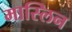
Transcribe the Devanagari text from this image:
मास्लिन